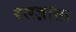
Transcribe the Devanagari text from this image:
रसज्ञाता